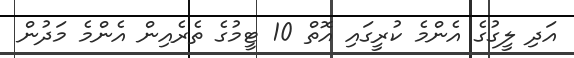
އަދި ލީގުގެ އެންމެ ކުރީގައި އޮތް 10 ޓީމުގެ ތެރެއިން އެންމެ މަދުން